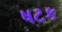
ષટક